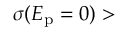
\sigma ( E _ { \mathrm { p } } = 0 ) >